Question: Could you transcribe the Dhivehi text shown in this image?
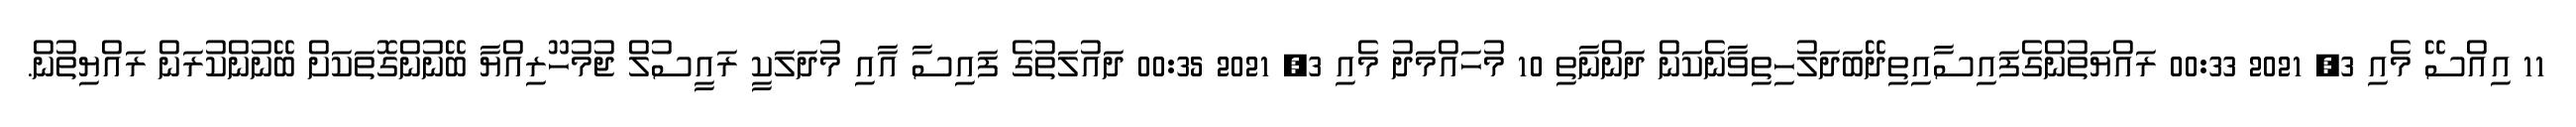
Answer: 11 އިއްސޭ މެއި 3, 2021 00:33 ރައްޔަތުންގެފައިސާއިތިދޭބަދަލުހިތިވާނެކަން ދަންނާތި 10 މުހައްމަދު މެއި 3, 2021 00:35 ދައުލަތުގެ ފައިސާ އާއި މުދަލަކީ ރައީސުލް ޖުމުހޫރިއްޔާ ބޭނުންގޮތަކަށް ބޭނުންކުރަން ރައްޔިތުން.